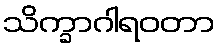
သိက္ခာဂါရဝတာ